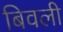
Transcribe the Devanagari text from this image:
बिवली